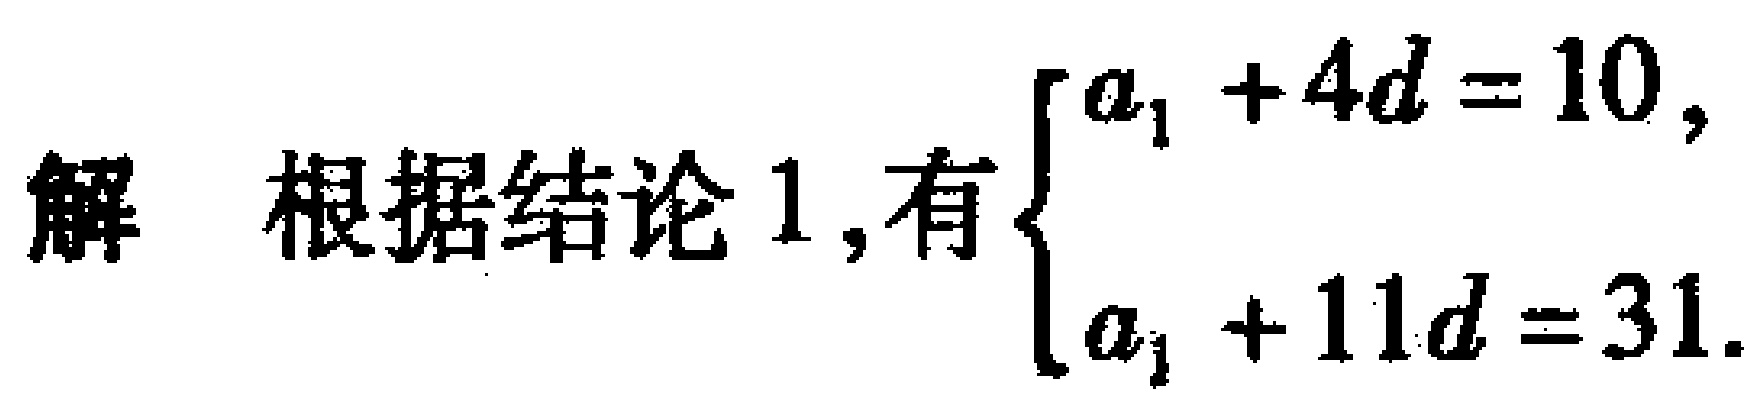
解 根据结论 1,有$\begin{cases}
a_{1}+4d = 10,\\
a_{1}+11d = 31.
\end{cases}$